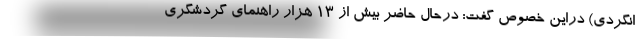
انگردی) دراین خصوص گفت: درحال حاضر بیش از ۱۳ هزار راهنمای گردشگری